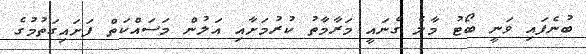
ބުނެފައި ވަނީ ބޯޓު މާލެ ގެނައީ މަރާމާތު ކުރުމަށާއި އަލުން މަސައްކަތް ފަށައިގަތުމުގެ